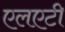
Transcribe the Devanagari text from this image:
एलएटी